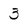
Character: 3